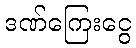
ဒဏ်ကြေးငွေ